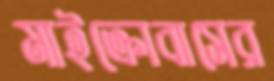
মাইক্রোবাসের